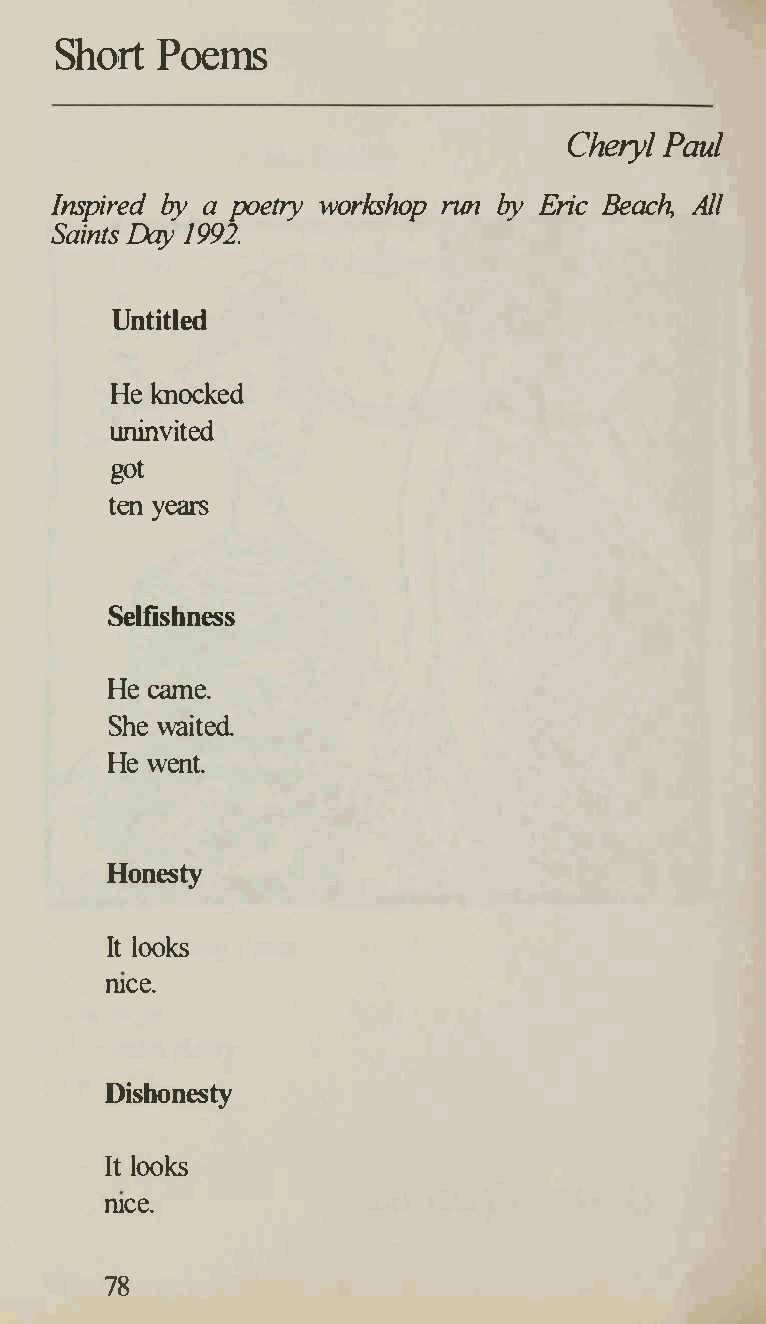
Short Poems
 Cheryl Paul
 Inspired by a poetry workshop nm by Eric Beach All
 Saints Day 1992.
 Untitled
 He knocked
 uninvited
 got
 ten years
 Selfishness
 He came.
 She waited.
 He went.
 Honesty
 It looks
 ruce.
 Dishonesty
 It looks
 ruce.
 78